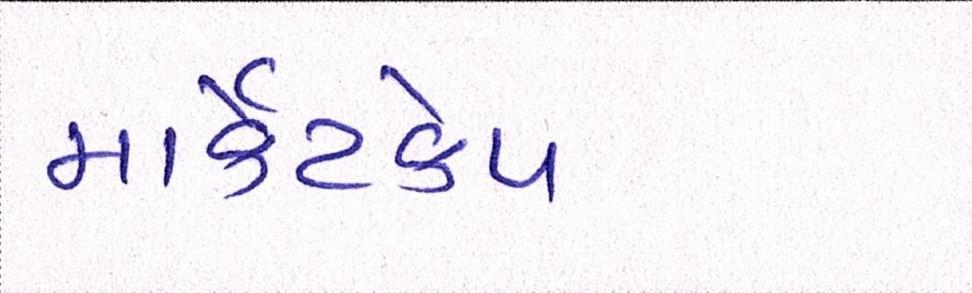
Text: માર્કેટકેપ